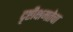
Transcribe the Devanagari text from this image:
दृष्टीक्षमतेचा